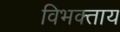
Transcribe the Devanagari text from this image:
विभक्ताय